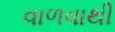
વાળવાથી